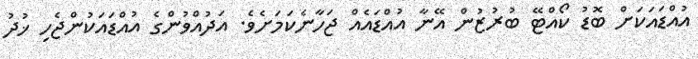
އުއްޑައަކަށް ބޮޑު ކޯއްޓޭ ބުރުޒުން އޭނާ އުއްޑައެއް ޖަހާނެކަމަށެވެ. އަދުއްވުންގެ އުއްޑައަކުންޖެހި ޚުދު